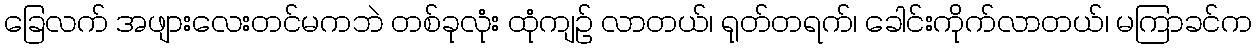
ခြေလက် အဖျားလေးတင်မကဘဲ တစ်ခုလုံး ထုံကျဉ် လာတယ်၊ ရုတ်တရက်၊ ခေါင်းကိုက်လာတယ်၊ မကြာခင်က